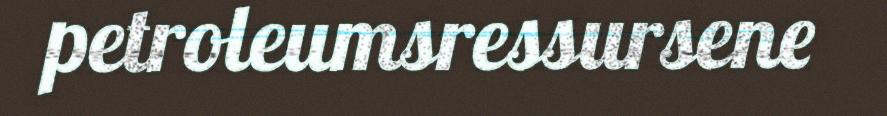
petroleumsressursene